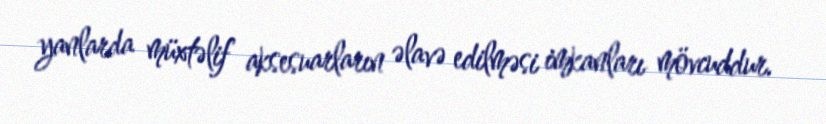
yanlarda müxtəlif aksesuarların əlavə edilməsi imkanları mövcuddur.